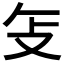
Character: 𫾦